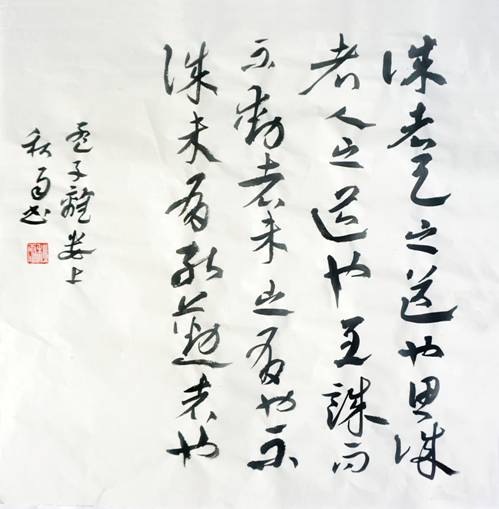
诚者，天之道也。诚之者，人之道也。诚者，不勉而中不思而得从容中道，圣人也。诚之者，择善而固执之者也